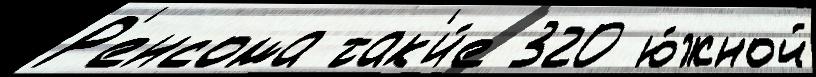
Р'енсома так'и́е 320 ю́жной